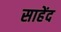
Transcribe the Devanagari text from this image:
साहेंद